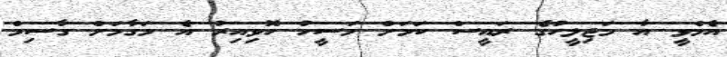
އެމްވީ އާ މަޖިލީހުގެ ރައީސް ކަމަށް މަސީހު ހޮވިއިރު އެ މަގާމަށް ގާސިމް